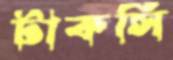
টাকসি